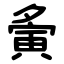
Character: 夤